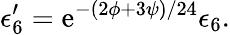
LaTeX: \epsilon_{6}^{\prime}=\mathrm{e}^{-(2\phi+3\psi)/24}\epsilon_{6}.